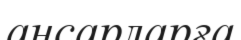
аңсарларға